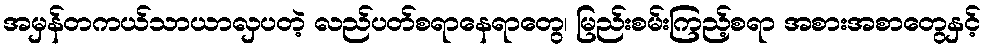
အမှန်တကယ်သာယာလှပတဲ့ လည်ပတ်စရာနေရာတွေ၊ မြည်းစမ်းကြည့်စရာ အစားအစာတွေနှင့်